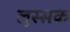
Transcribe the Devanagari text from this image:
लुस्सक